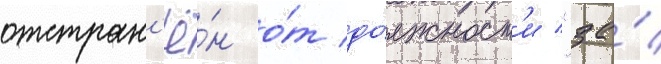
отстран'ё́н о́т до́лжност'и "за́